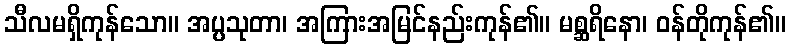
သီလမရှိကုန်သော။ အပ္ပသုတာ၊ အကြားအမြင်နည်းကုန်၏။ မစ္ဆရိနော၊ ဝန်တိုကုန်၏။